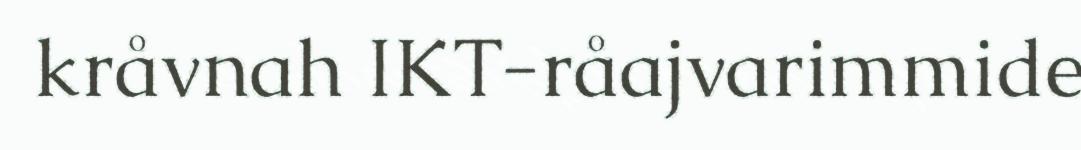
kråvnah IKT-råajvarimmide